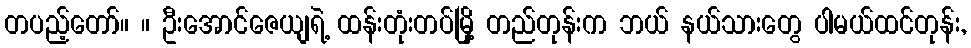
တပည့်တော်။ ။ ဦးအောင်ဇေယျရဲ့ ထန်းတုံးတပ်မြို့ တည်တုန်းက ဘယ် နယ်သားတွေ ပါမယ်ထင်တုန်း,